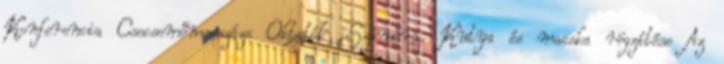
Konferencia Csecsemőmasszázs Oktatók Számára. Kutya és macska rögzítése Az